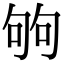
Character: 𠣪